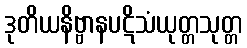
ဒုတိယနိဗ္ဗာနပဋိသံယုတ္တသုတ္တ